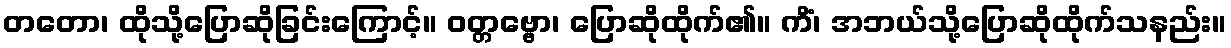
တတော၊ ထိုသို့ပြောဆိုခြင်းကြောင့်။ ဝတ္တဗ္ဗော၊ ပြောဆိုထိုက်၏။ ကိံ၊ အဘယ်သို့ပြောဆိုထိုက်သနည်း။